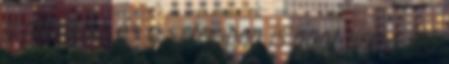
a mozikba, és a sztoriban is pont ennyi idő